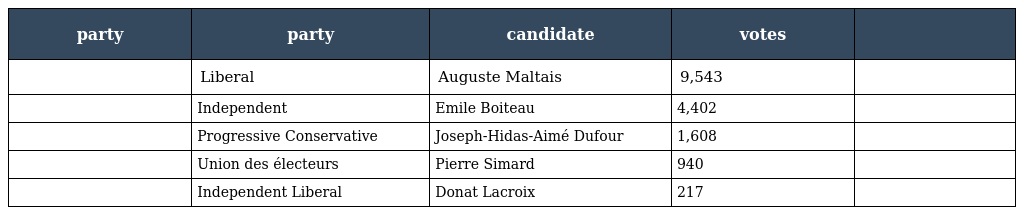
| party | party | candidate | votes |  |
 | --- | --- | --- | --- | --- |
 |  | Liberal | Auguste Maltais | 9,543 |  |
 |  | Independent | Emile Boiteau | 4,402 |  |
 |  | Progressive Conservative | Joseph-Hidas-Aimé Dufour | 1,608 |  |
 |  | Union des électeurs | Pierre Simard | 940 |  |
 |  | Independent Liberal | Donat Lacroix | 217 |  |